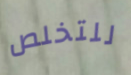
للتخلص